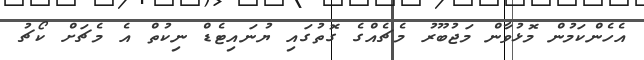
އެހެންކަމުން މޮޅުވާން މަޖުބޫރު މެޗެއްގެ ގޮތުގައި ޔުނައިޓެޑް ނިކުތް އެ މެޗަށް ކޯޗު